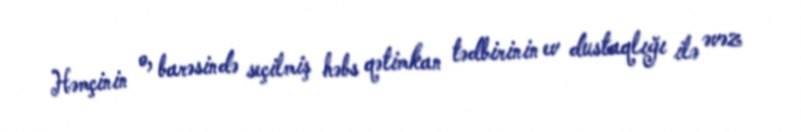
Həmçinin o, barəsində seçilmiş həbs qətimkan tədbirinin ev dustaqlığı ilə əvəz